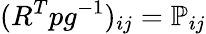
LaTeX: (R^{T}pg^{-1})_{ij}={\mathbb P}_{ij}